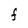
Character: F